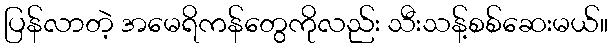
ပြန်လာတဲ့ အမေရိကန်တွေကိုလည်း သီးသန့်စစ်ဆေးမယ်။